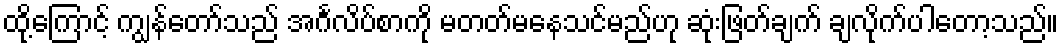
ထို့ကြောင့် ကျွန်တော်သည် အင်္ဂလိပ်စာကို မတတ်မနေသင်မည်ဟု ဆုံးဖြတ်ချက် ချလိုက်ပါတော့သည်။